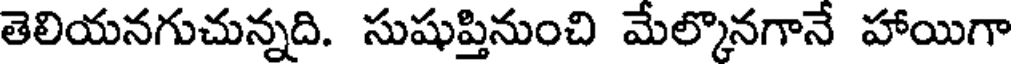
తెలియనగుచున్నది. సుషుప్తినుంచి మేల్కొనగానే హాయిగా